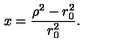
x = { \frac { { \rho } ^ { 2 } - r _ { 0 } ^ { 2 } } { r _ { 0 } ^ { 2 } } } .